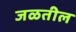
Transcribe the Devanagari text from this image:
जळतील